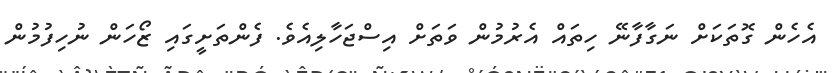
އެހެން ގޮތަކަށް ނަގާފާނޭ ހިތައް އެރުމުން ވަތަށް އިސްޖަހާލިއެވެ. ފެންތަށީގައި ޒޯހަން ނުހިފުމުން